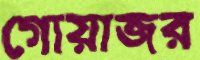
গোয়াজর